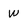
Character: W